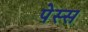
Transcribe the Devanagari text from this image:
पेस्स